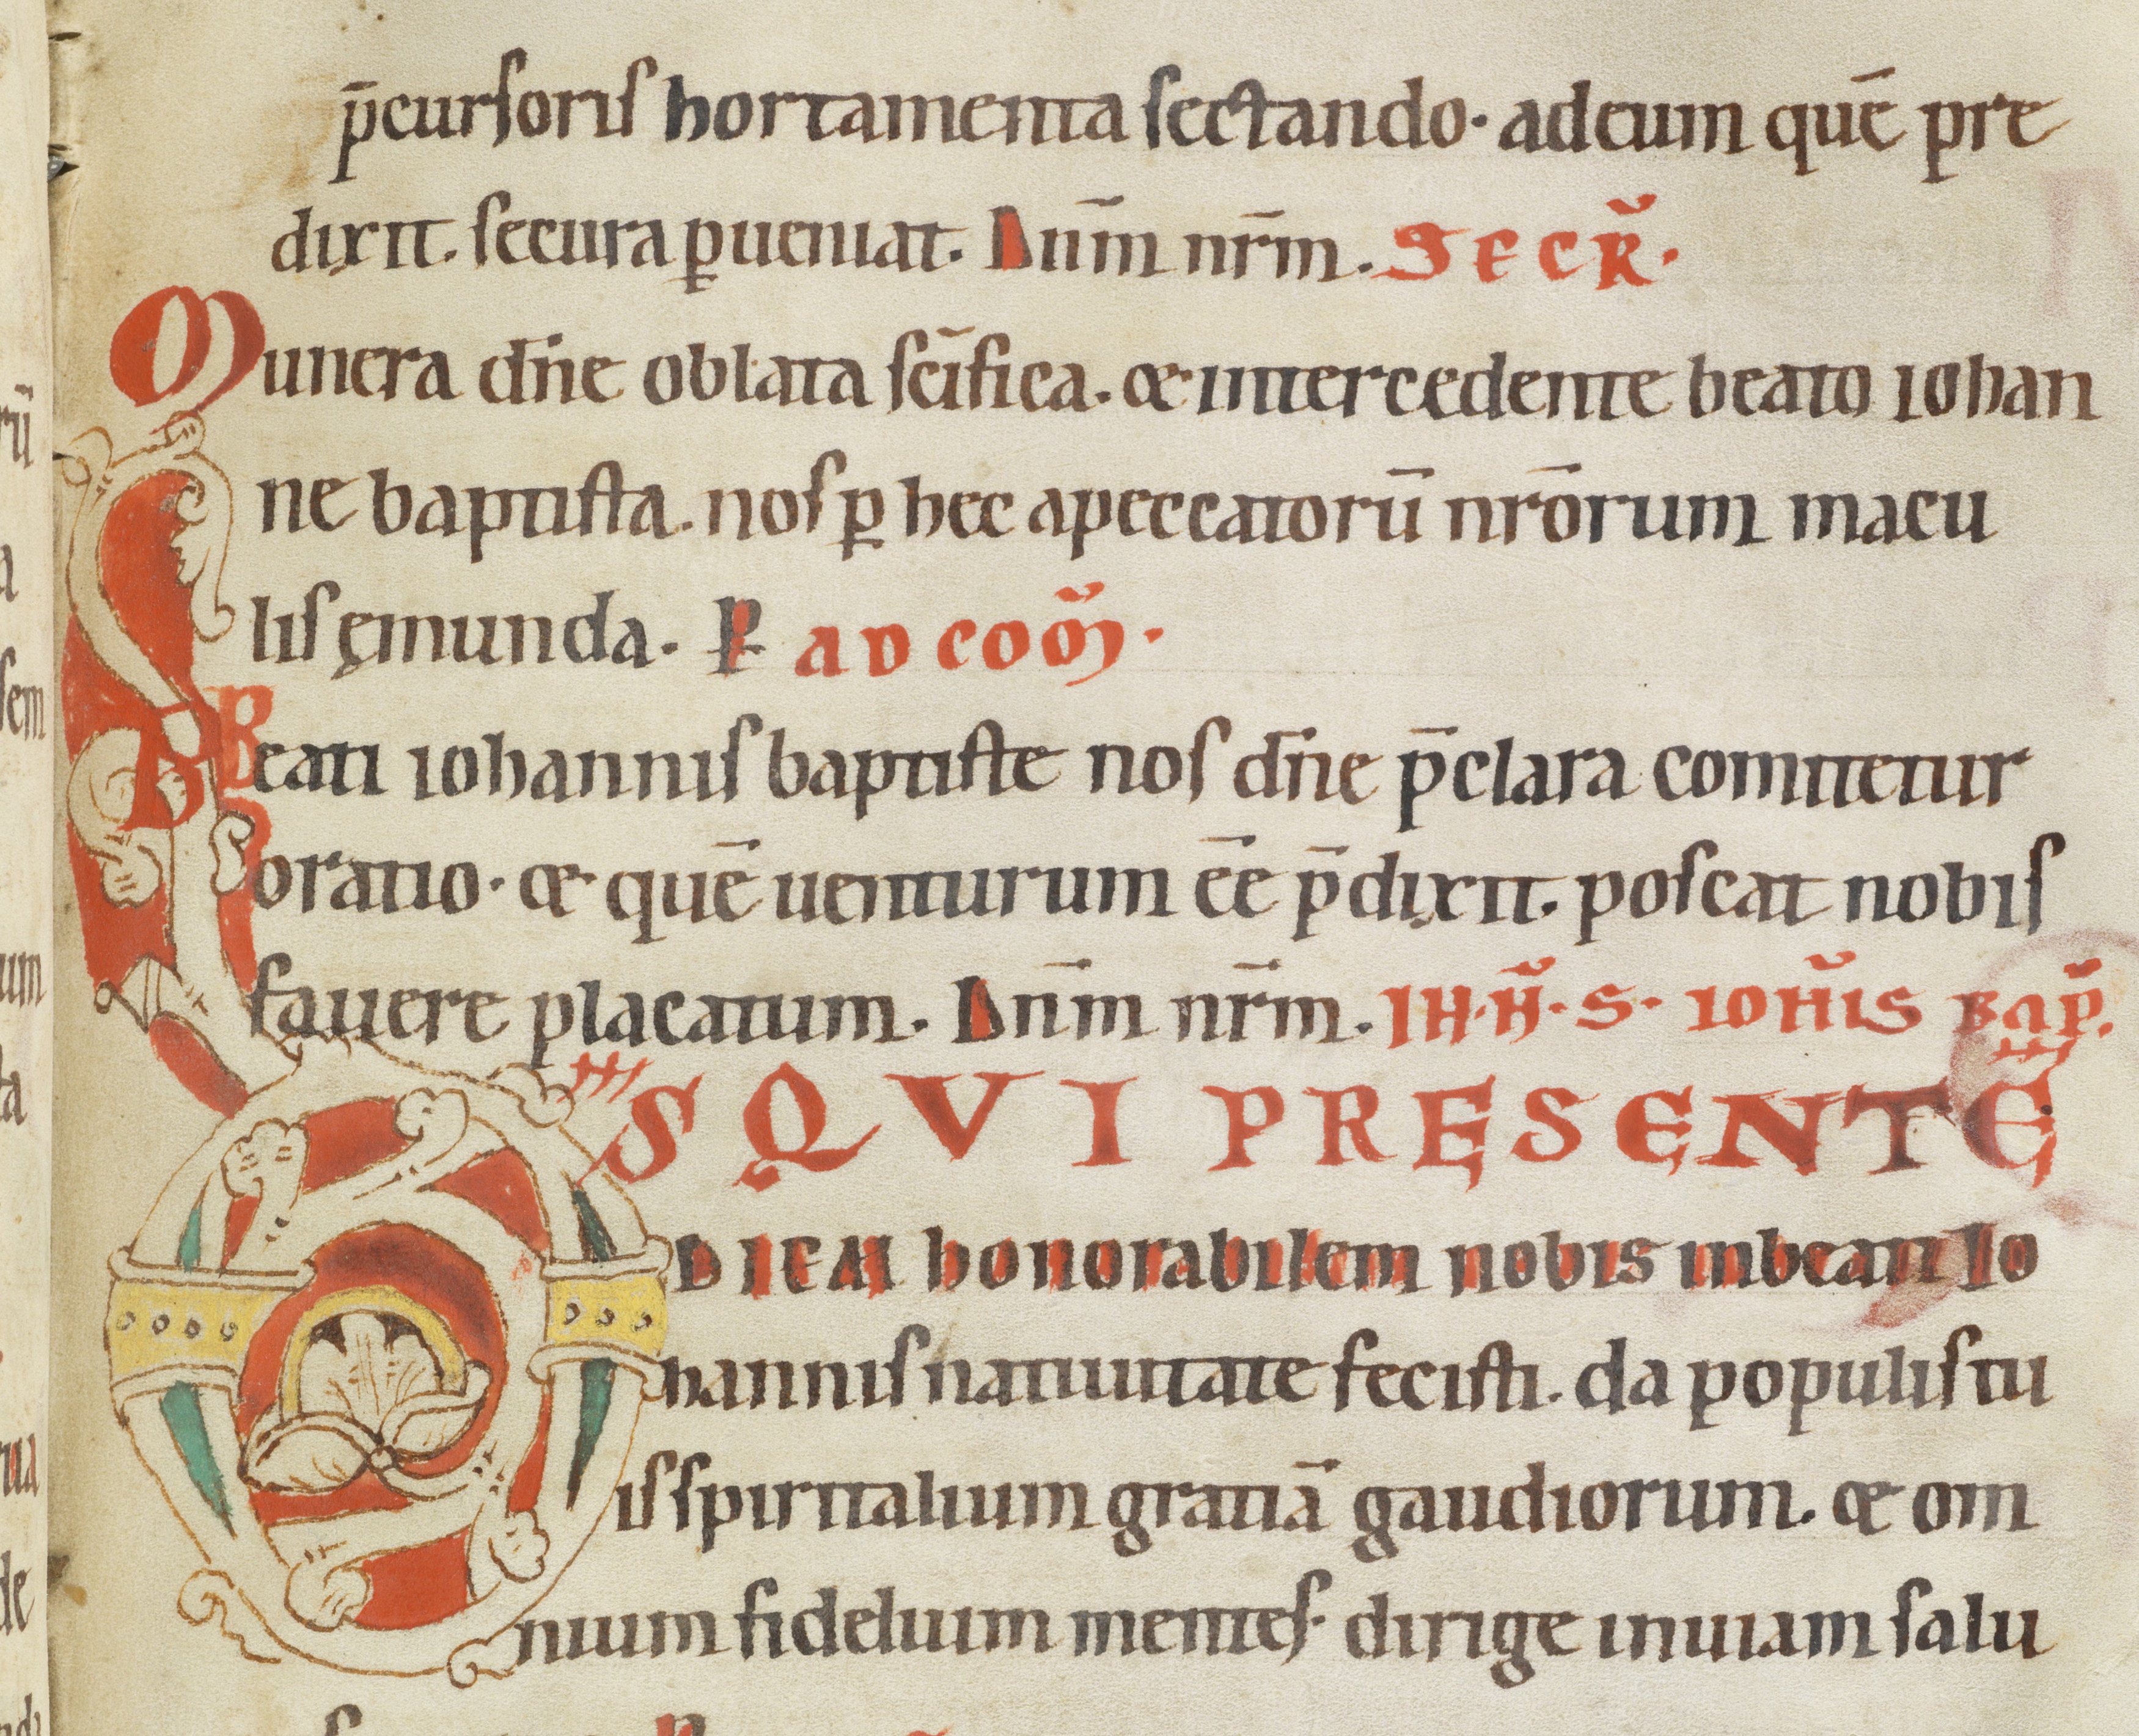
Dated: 1100–1199